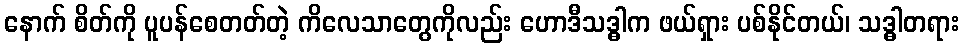
နောက် စိတ်ကို ပူပန်စေတတ်တဲ့ ကိလေသာတွေကိုလည်း ဟောဒီသဒ္ဓါက ဖယ်ရှား ပစ်နိုင်တယ်၊ သဒ္ဓါတရား